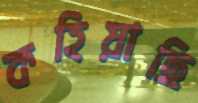
কহিয়াছি